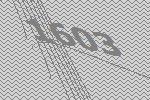
1603